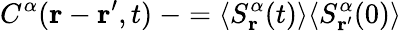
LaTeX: C^{\alpha}(\mathbf{r}-\mathbf{r^{\prime}},t)\ -=\langle S_{\mathbf{r}}^{\alpha}(t)\rangle\langle S_{\mathbf{r^{\prime}}}^{\alpha}(0)\rangle